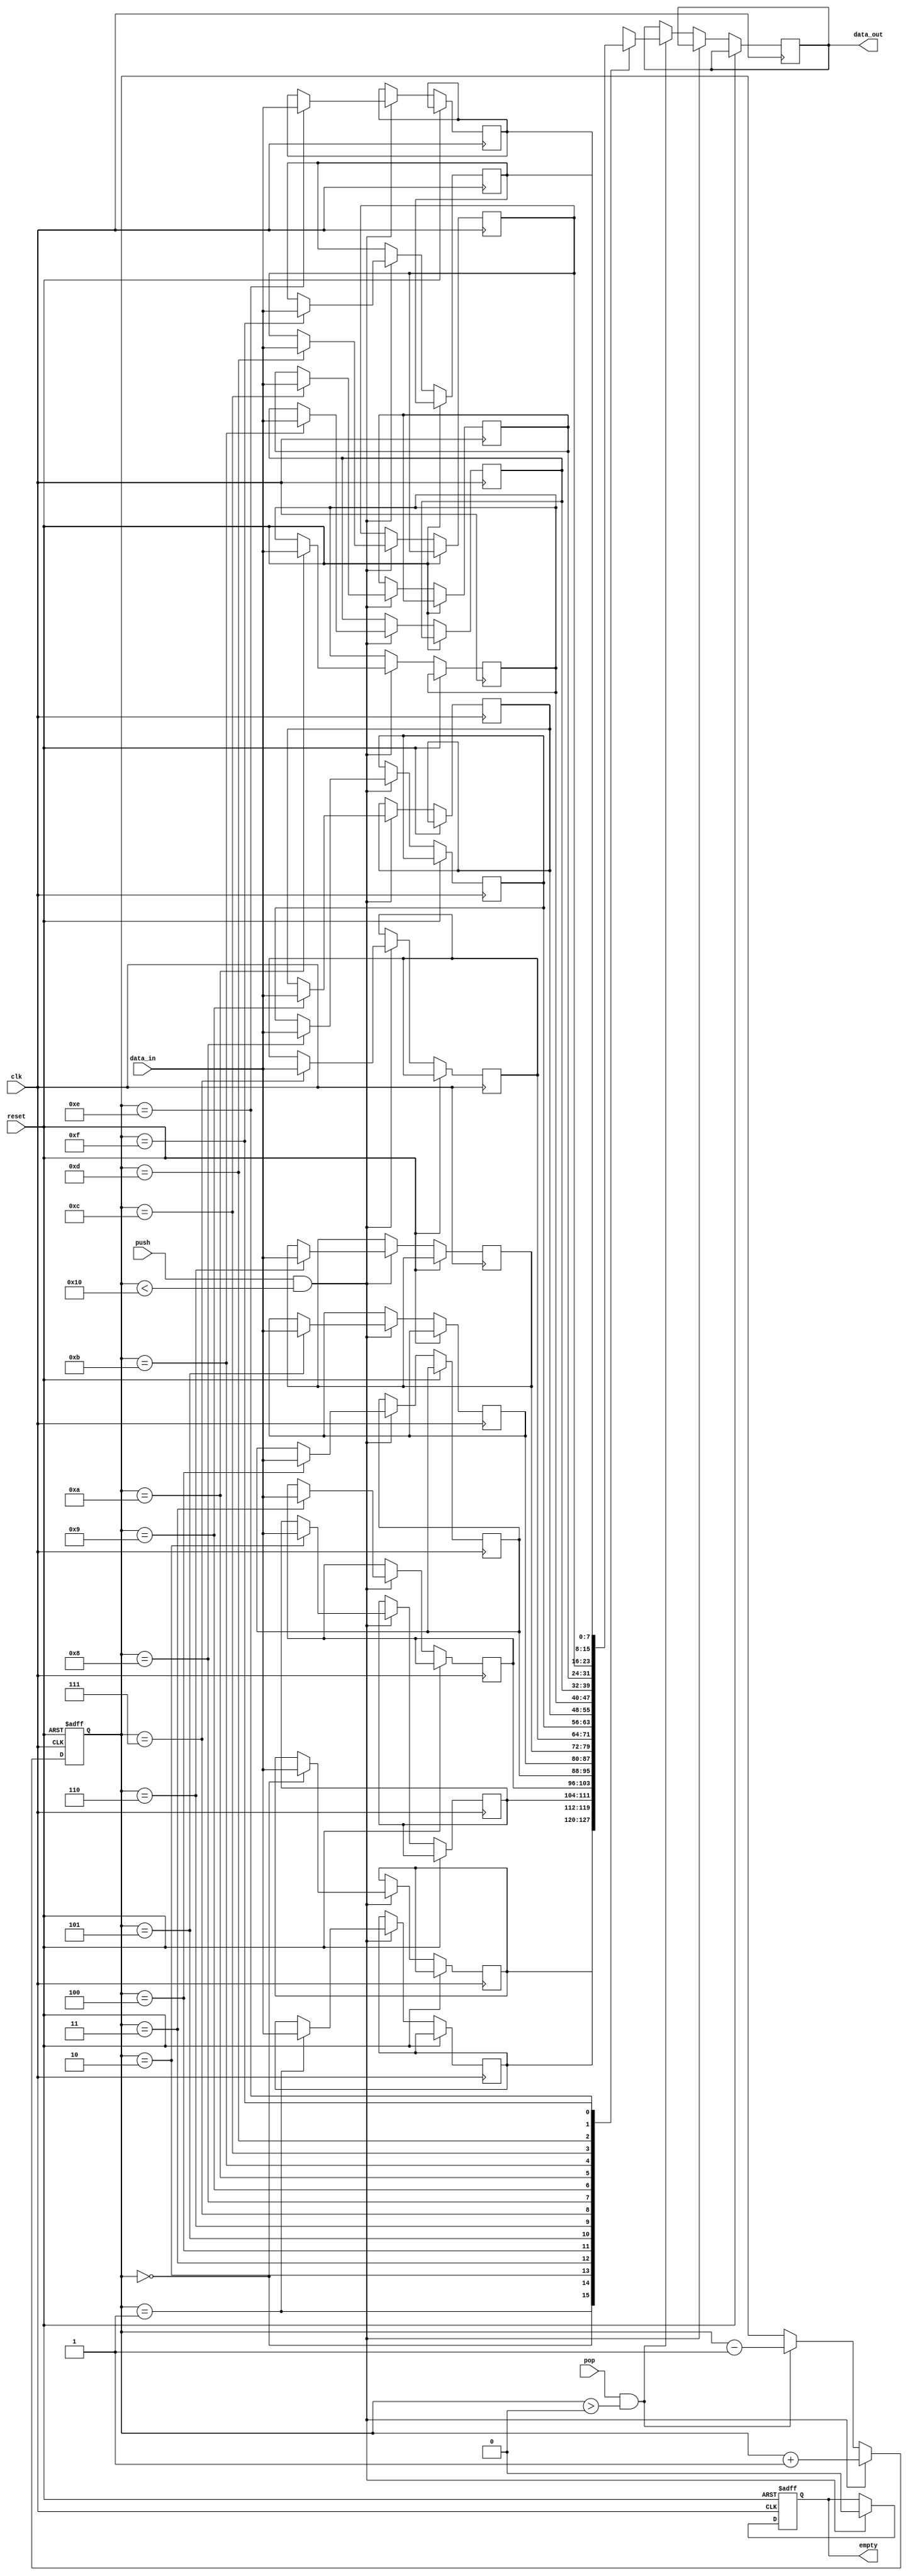
module LIFO (
    input wire clk,
    input wire reset,
    input wire push,
    input wire pop,
    input wire [7:0] data_in,
    output reg [7:0] data_out,
    output reg empty
);

reg [7:0] stack[0:15];
reg [3:0] top;

always @(posedge clk or posedge reset)
begin
    if (reset)
    begin
        top <= 4'b0000;
        empty <= 1'b1;
    end
    else
    begin
        if (push && top < 16)
        begin
            top <= top + 1;
            stack[top] <= data_in;
            empty <= 1'b0;
        end
        else if (pop && top > 0)
        begin
            data_out <= stack[top];
            top <= top - 1;
        end
    end
end

endmodule